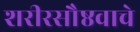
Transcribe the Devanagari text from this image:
शरीरसौष्ठवाचे